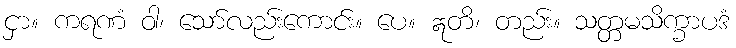
ငှာ။ ကရဏံ ဝါ၊ သော်လည်းကောင်း။ ပေ။ ဣတိ၊ တည်း။ သတ္တမသိက္ခာပဒံ